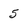
Character: 5